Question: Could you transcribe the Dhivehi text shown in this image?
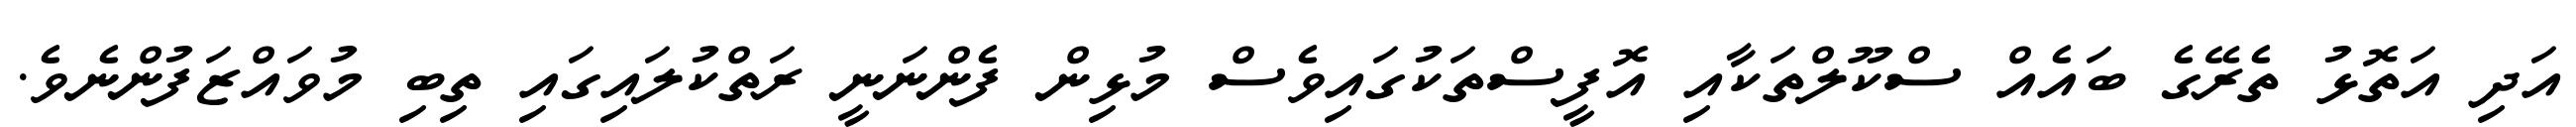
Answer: އަދި އަތޮޅު ތެރޭގެ ބައެއް ސްކޫލްތަކާއި އޮފީސްތަކުގައިވެސް މުޅިން ފެންނަނީ ރަތްކުލައިގައި ތިބި މުވައްޒަފުންނެވެ.